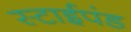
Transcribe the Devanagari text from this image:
स्टाईपंड